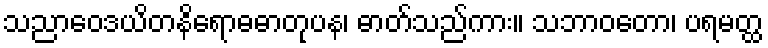
သညာဝေဒယိတနိရောဓဓာတုပန၊ ဓာတ်သည်ကား။ သဘာဝတော၊ ပရမတ္ထ